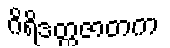
ဂိရိဒတ္တဇာတက